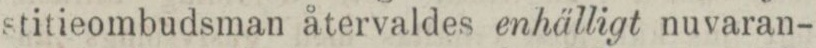
stitieombudsman återvaldes enhälligt nuvaran-